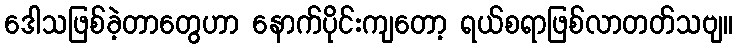
ဒေါသဖြစ်ခဲ့တာတွေဟာ နောက်ပိုင်းကျတော့ ရယ်စရာဖြစ်လာတတ်သဗျ။